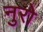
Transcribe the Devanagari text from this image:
नुरो